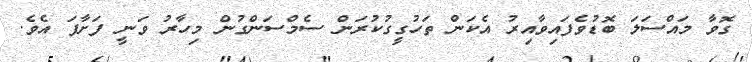
ގޮވާ މައްސަލަ ބޮޑުވެފައިވާއިރު އެކަން ތަހުގީގުކުރަން ސެމްސަންގުން މިހާރު ވަނީ ފަށާފަ އެވެ.